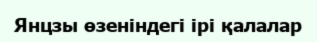
Янцзы өзеніндегі ірі қалалар